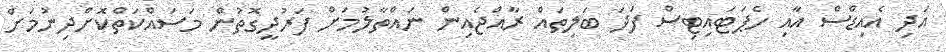
އަދި އެއިޑްސް އާއި ހެޕަޓައިޓިސް ފަދަ ބަލިތައް ރާއްޖެއިން ނައްތާލުމަށް ފަރުދީގޮތުން މަސައްކަތްކޮށްދިނުމަށް